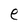
Character: e